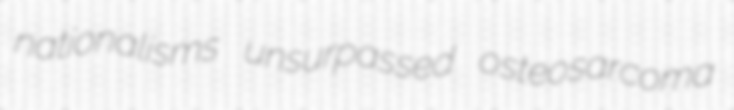
nationalisms unsurpassed osteosarcoma